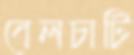
বেলচাটি